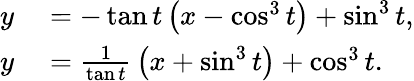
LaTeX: \begin{array}{rl}{y}&{{}=-\tan t\left(x-\cos^{3}t\right)+\sin^{3}t,}\\ {y}&{{}={\frac{1}{\tan t}}\left(x+\sin^{3}t\right)+\cos^{3}t.}\end{array}